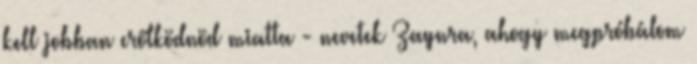
kell jobban erőlködnöd miatta - nevetek Zaynra, ahogy megpróbálom